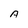
Character: A